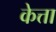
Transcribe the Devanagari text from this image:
केत्ता